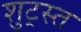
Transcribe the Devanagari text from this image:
शुट्स्त